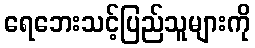
ရေဘေးသင့်ပြည်သူများကို